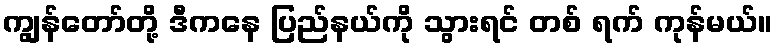
ကျွန်တော်တို့ ဒီကနေ ပြည်နယ်ကို သွားရင် တစ် ရက် ကုန်မယ်။